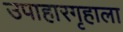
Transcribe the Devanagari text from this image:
उपाहारगृहाला